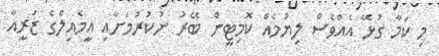
މި ކަމާ ގުޅޭ އެއްވެސް ލިޔުމެއް ކޮމިޓީން ބޭރު ނުކުރުމަށާއި އީމެއިލްގެ ޒަރީއާ